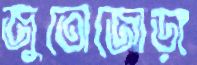
জুতোজোড়া